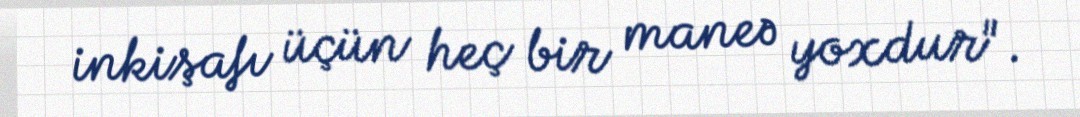
inkişafı üçün heç bir maneə yoxdur".